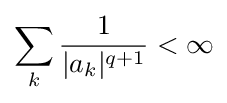
\sum _{k}{\frac {1}{|a_{k}|^{q+1}}}<\infty